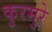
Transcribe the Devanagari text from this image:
कुरमुरे